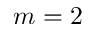
m = 2